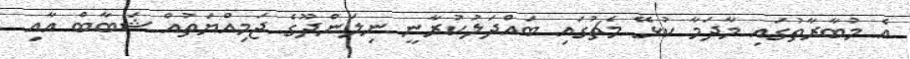
އެ މުބާރާތުގައި މާދަމާ ކުޅޭ މެޗުގައި ބައްދަލުކުރާނީ ނިލަންދޫގެ ޖަމިއްޔަތުއް ޝަބާބް އާއި